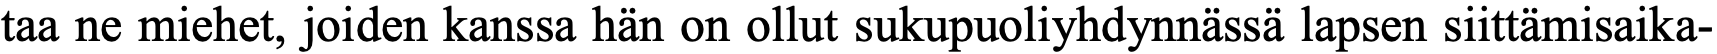
taa ne miehet, joiden kanssa hän on ollut sukupuoliyhdynnässä lapsen siittämisaika-